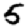
Digit: 5